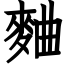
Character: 麯